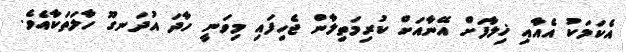
އެކަމަކު އެއާއި ޚިލާފަށް އޭނާއަށް ކުރިމަތިލާން ޖެހިފައި މިވަނީ ހާދަ އުދަނގޫ ހާލަތަކާއެވެ.